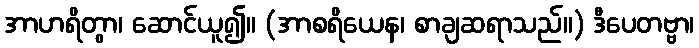
အာဟရိတွာ၊ ဆောင်ယူ၍။ (အာစရိယေန၊ စာချဆရာသည်။) ဒီပေတဗ္ဗာ၊